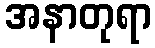
အနာတုရာ